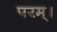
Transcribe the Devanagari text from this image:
परम्‌।